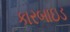
કારબાઇડ